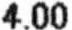
4.00